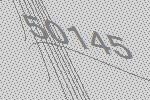
50145